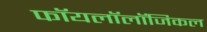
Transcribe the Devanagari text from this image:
फॉयलॉलॉजिकल